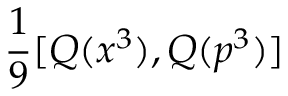
{ \frac { 1 } { 9 } } [ Q ( x ^ { 3 } ) , Q ( p ^ { 3 } ) ]